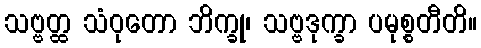
သဗ္ဗတ္ထ သံဝုတော ဘိက္ခု၊ သဗ္ဗဒုက္ခာ ပမုစ္စတီတိ။